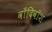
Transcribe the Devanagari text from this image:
वाँदिवॉश